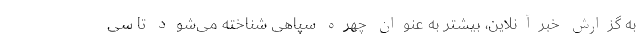
به گزارش خبرآنلاین، بیشتر به عنوان چهره سپاهی شناخته می‌شود تا سی